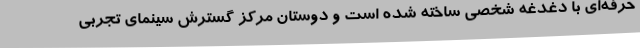
حرفه‌ای با دغدغه شخصی ساخته شده است و دوستان مرکز گسترش سینمای تجربی